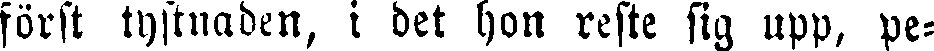
först tystnaden, i det hon reste sig upp, pe-